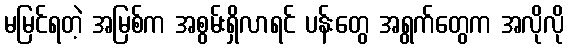
မမြင်ရတဲ့ အမြစ်က အစွမ်းရှိလာရင် ပန်းတွေ အရွက်တွေက အလိုလို